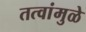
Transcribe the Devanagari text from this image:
तत्वांमुळे